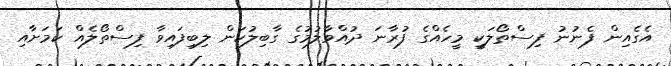
އެގެއިން ފެނުނު ފިސްތޯލަކީ މީހެއްގެ ފުރާނަ ދުއްވާލުމުގެ ގާބިލުކަން ލިބިފައިވާ ފިސްތޯލެއް ކަމަށާއި